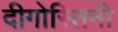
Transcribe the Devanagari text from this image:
दीगोस्तिनी